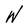
Character: W